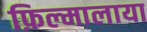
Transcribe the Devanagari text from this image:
फ़िल्मालाया